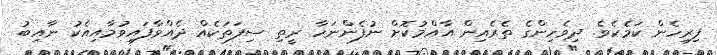
ފިރިހެން ކަމެކެވެ. ދިވެހިންގެ ތެރެއިން އާއްމުކޮށް ނުފެންނަހާ ރީތި ސިފަތަކެއް ދެއްވާފައިވުމާއިއެކު ނާއިބު